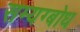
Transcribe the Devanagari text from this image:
सम्यग्बोध